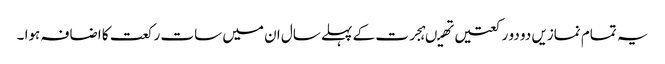
یہ تمام نمازیں دو دو رکعتیں تھیںہجرت کے پہلے سال ان میں سات رکعت کا اضافہ ہوا ۔